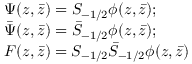
\begin{array} { l } { { \Psi ( z , \bar { z } ) = S _ { - 1 / 2 } \phi ( z , \bar { z } ) ; } } \\ { { \bar { \Psi } ( z , \bar { z } ) = \bar { S } _ { - 1 / 2 } \phi ( z , \bar { z } ) ; } } \\ { { F ( z , \bar { z } ) = S _ { - 1 / 2 } \bar { S } _ { - 1 / 2 } \phi ( z , \bar { z } ) } } \end{array}